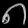
Digit: ၈